Alphabetical list of drugs, medicines and other preparations free from, and containing, spirit compiled from the results of tests made by the customs houses at Calcutta, Bombay, and Madras
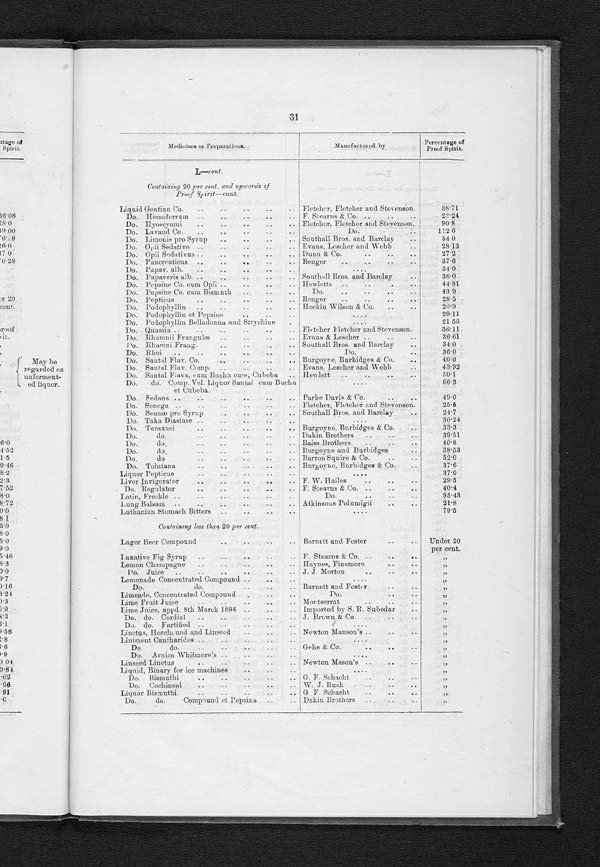
29
Medicines or Preparations.
Manufactured by
Percentage of
Proof Spirit.
I—cont.
Containing 20 per cent. and upwards of
Proof Spirit—cont.
Infusion Quassiæ Co.
..
..
..
.. Burgoyne, Burbidges & Co.
..
37.0
Do.
do.
Conc.
..
..
.. Southall Bros. and Barclay..
Do.
Quassia Concd.
. .
. .
. .
. . Evans, Lescher and Webb
..
32.88
Do.
Rosæ, Acid Concd.
..
.. Smith and Stanistreet
....
33 . 61
Do.
Scoparii, Concd.
. .
. .
. .
. . Evans & Co.
. . .. ..
34.32
Do.
Scorparii ('onc. I to 7
. .
. .
. . Southall Bros. and Barclay
..
34.3
Do.
Senegæ
. .
. .
. .
. .
. . Evans, Lescher and Webb
..
37.48
Do.
do.
Concd.
. .
. .
. .
. . Burgoyne, Burbidges & Co.
..
2 3 . 2
Do.
do.
do.
..
..
..
.. Southall Bros. and Barclay..
Po.
Sennæ
do.
..
. . . .
. .
Do.. ..
Do.
Serpentariæ ..
..
. .
. . Evans, Lescher and Webb
..
37.3
Injection, M atico
..
..
..
..
.. F. Stearns & Co. ..
..
..
22.0
Iodide of Potassium Eixoid ..
..
.. Burroughs ..
..
..
..
26.3
Iron Bitters
..
..
..
..
.. Deunler
..
..
52.8
Do. Tonic Bitters
..
..
..
..
.. F. Stearns & Co. ..
..
..
32.0
Do and Peruvian Bark Bisleri
. .
. .
. . F. Bisleri ..
. .
. .
. .
6 8 . 7 9
Containing less than 20 per cent.
Imperial Fragrant Rose Sprayer
. .
. .
. .
Under 20
p e r c e n t .
infant's Preservative ..
..
..
..
. .
. Atkinson's . . . .
Infus Rosæ Acidum onc
. .
. .
. .
. . -Southall- Bros. and Barclay ..
,,
Infusion, Rosæ, Acid Concd. ..
..
.. Ferris, Boorne Townsend and
Boucher.
Do.
Senega Concd.
. .
. .
. .
. . F. Stearns & Co. ..
..
..
,,
In j ection
..
..
..
..
..
.. Clin ..
..
..
..
..
Do.
Santinelli
..
..
..
.. E. B. Hurrel
..
,,
Iodized Syrup of Horse Radish
..
.. Grimault & Cie
..
..
. .
7/
Inin and Quinine Tonic
..
. .
. 0
..
J. Pepper ..
. . ..
,,
Free from Spirit.
Injection, Big ..
. .
. .
. .
. .
. . C. Evans & Co.
..
. .
. .
No proof
Do.
Brou ..
..
..
..
. .
. .
....
spirit.
,:
Do.
Fleur
. ,
..
..
..
.. Chapin
. .
. .
. .
. .
,,
Do.
Mathew Caylus
..
..
.. Clin & Co.
..
..
. .
77
Iodo Ferro Newfoundland Cod-Liver Oil
..
.. Grimault & Cie. ..
..
79
Iron Dialysed ..
..
..
. .
. .
. . Evans, Lescher and Webb
..
77
Iron Solution
..
. .
. .
. .
. .
. . Platinotype Co.
..
..
..
Do.
Normal (Normal Eisenlosung)
.. Dr. E. A. Just
..
..
..
:,
J
Containing 20 per cent. and upwards of
Proof Spirit.
Japanese Liquor
..
..
. .
. .
. . Mistni Buccan , Kaisha Arroyo
Rohe.
25 . 0 (May be
classed as
wine.)
Jvara Hari
..
. .
. .
. .
. .
. . F. Henry ..
. .
. .
. .
74.9
K
Containing 20 per cent. and upwards of
Proof Spirit.
I
Khoosh Bitters ..
..
. .
. .
. .
. . Khoosh Tonic Bitters Company ..
33.3
Kidney Cure Liver Wort
..
..
..
.. F. Stearns & Co. ..
..
..
28.8
Do. Wort Liquid ..
..
. .
. .
. .
. .
. .
27.8
Dina Francais Compredon
..
..
..
. . L. F. Compredon. ..
. .
28.6
Koka Compredon
..
..
..
..
. .
Do.
. .
65.8
Do. Stearns ..
.
. . .
. .
. .
. . F. Stearns & Co. ..
..
40.0
8